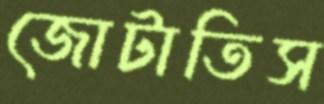
জোটাতিস